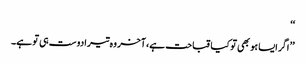
‘‘
’’ اگر ایسا ہو بھی تو کیا قباحت ہے،آخر وہ تیرا دوست ہی تو ہے۔